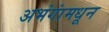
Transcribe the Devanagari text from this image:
अभंगांमधून